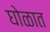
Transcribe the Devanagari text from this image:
घोळात